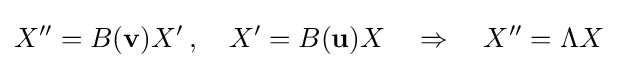
X''=B(\mathbf {v} )X'\,,\quad X'=B(\mathbf {u} )X\quad \Rightarrow \quad X''=\Lambda X